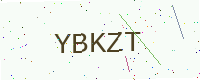
Text: YBKZT